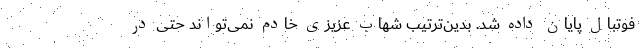
فوتبال پایان داده شد. بدین‌ترتیب شهاب عزیزی خادم نمی‌تواند حتی در